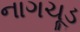
નાગચૂડ